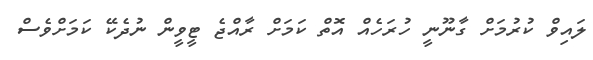
ލައިވް ކުރުމަށް ގާނޫނީ ހުރަހެއް އޮތް ކަމަށް ރާއްޖެ ޓީވީން ނުދެކޭ ކަމަށްވެސް